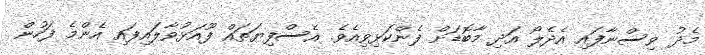
މެދު ވިސްނާފައި އެދެލޯ އަދި މާބޮޑަށް ފެންކަޅިވިއެވެ. އެސްފިޔަތައް ފޫއަޅުވާލައިފައި އެންމެ ފަހުން